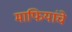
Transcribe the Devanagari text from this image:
माफियांचे